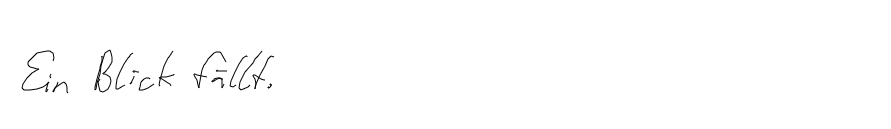
Ein Blick fällt.